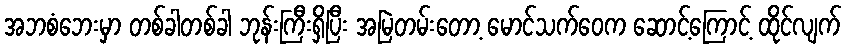
အဘစံဘေးမှာ တစ်ခါတစ်ခါ ဘုန်းကြီးရှိပြီး အမြဲတမ်းတော့ မောင်သက်ဝေက ဆောင့်ကြောင့် ထိုင်လျက်